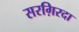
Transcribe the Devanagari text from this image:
सरग़िरदा